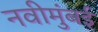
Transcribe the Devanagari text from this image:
नवीमुंबई